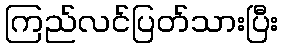
ကြည်လင်ပြတ်သားပြီး